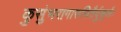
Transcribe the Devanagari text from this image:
कुसुंभरागारुणितैर्दुकूलैः